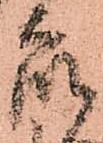
衆